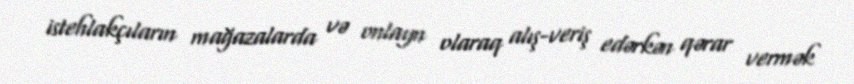
istehlakçıların mağazalarda və onlayn olaraq alış-veriş edərkən qərar vermək